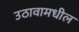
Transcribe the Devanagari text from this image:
उठावामधील